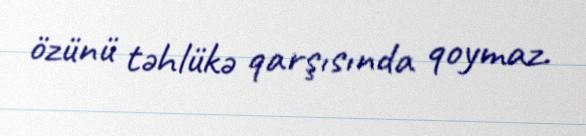
özünü təhlükə qarşısında qoymaz.